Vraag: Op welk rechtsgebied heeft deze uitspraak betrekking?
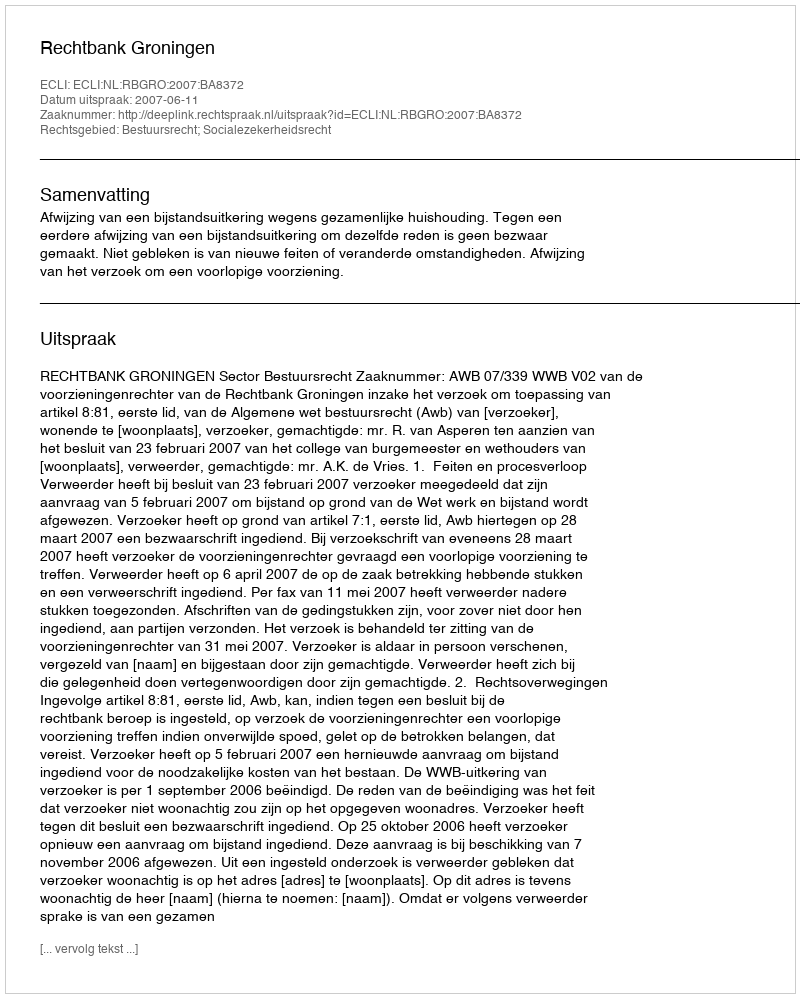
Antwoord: Bestuursrecht; Socialezekerheidsrecht